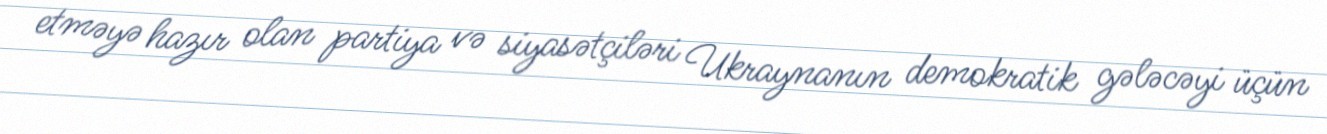
etməyə hazır olan partiya və siyasətçiləri Ukraynanın demokratik gələcəyi üçün